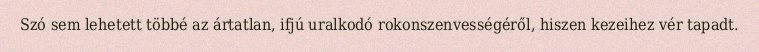
Szó sem lehetett többé az ártatlan, ifjú uralkodó rokonszenvességéről, hiszen kezeihez vér tapadt.